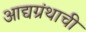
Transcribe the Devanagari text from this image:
आद्यग्रंथाची